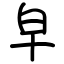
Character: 皁